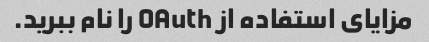
مزایای استفاده از OAuth را نام ببرید.